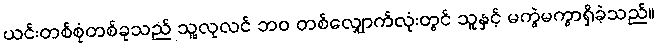
ယင်းတစ်စုံတစ်ခုသည် သူ့လုလင် ဘဝ တစ်လျှောက်လုံးတွင် သူနှင့် မကွဲမကွာရှိခဲ့သည်။